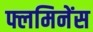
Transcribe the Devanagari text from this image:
फ्लमिनेंस